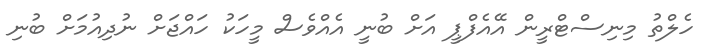
ހެލްތު މިނިސްޓްރީން އޭއެފްޕީ އަށް ބުނީ އެއްވެސް މީހަކު ހައްޖަށް ނުދިއުމަށް ބުނި